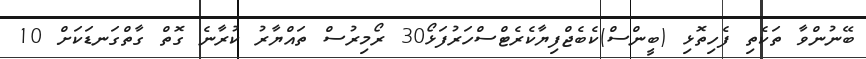
ބޭނުންވާ ތަކެތި ފެހިތޮޅި (ބީންސް)ކެބެޖްފިޔާކެރެޓްސްހަރުފަޅޯ30 ރޯމިރުސް ތައްޔާރު ކުރާނެ ގޮތް ގާތްގަނޑަކަށް 10